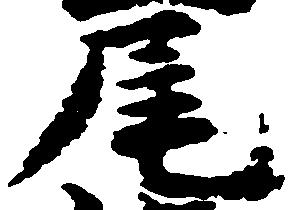
尾